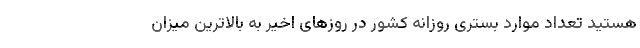
هستید تعداد موارد بستری روزانه کشور در روزهای اخیر به بالاترین میزان